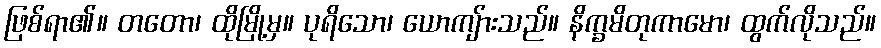
ဖြစ်ရာ၏။ တတော၊ ထိုမြို့မှ။ ပုရိသော၊ ယောကျ်ားသည်။ နိက္ခမိတုကာမော၊ ထွက်လိုသည်။